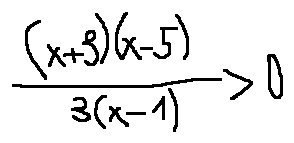
\frac { ( x + 3 ) ( x - 5 ) } { 3 ( x - 1 ) } > 0